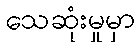
သေဆုံးမှုမှာ